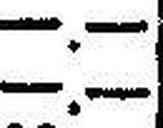
—.—